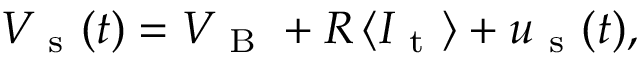
V _ { \mathrm { ~ s ~ } } ( t ) = V _ { \mathrm { ~ B ~ } } + R \, \langle I _ { \mathrm { ~ t ~ } } \rangle + u _ { \mathrm { ~ s ~ } } ( t ) ,